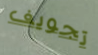
تجويف